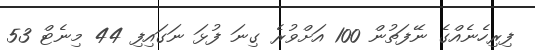
ފިރިހެނެއްގެ ނޭފަތުން 100 އަށްވުރެ ގިނަ ފުޅަ ނަގައިފި 44 މިނެޓް 53